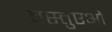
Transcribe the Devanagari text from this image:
वस्तुएओं